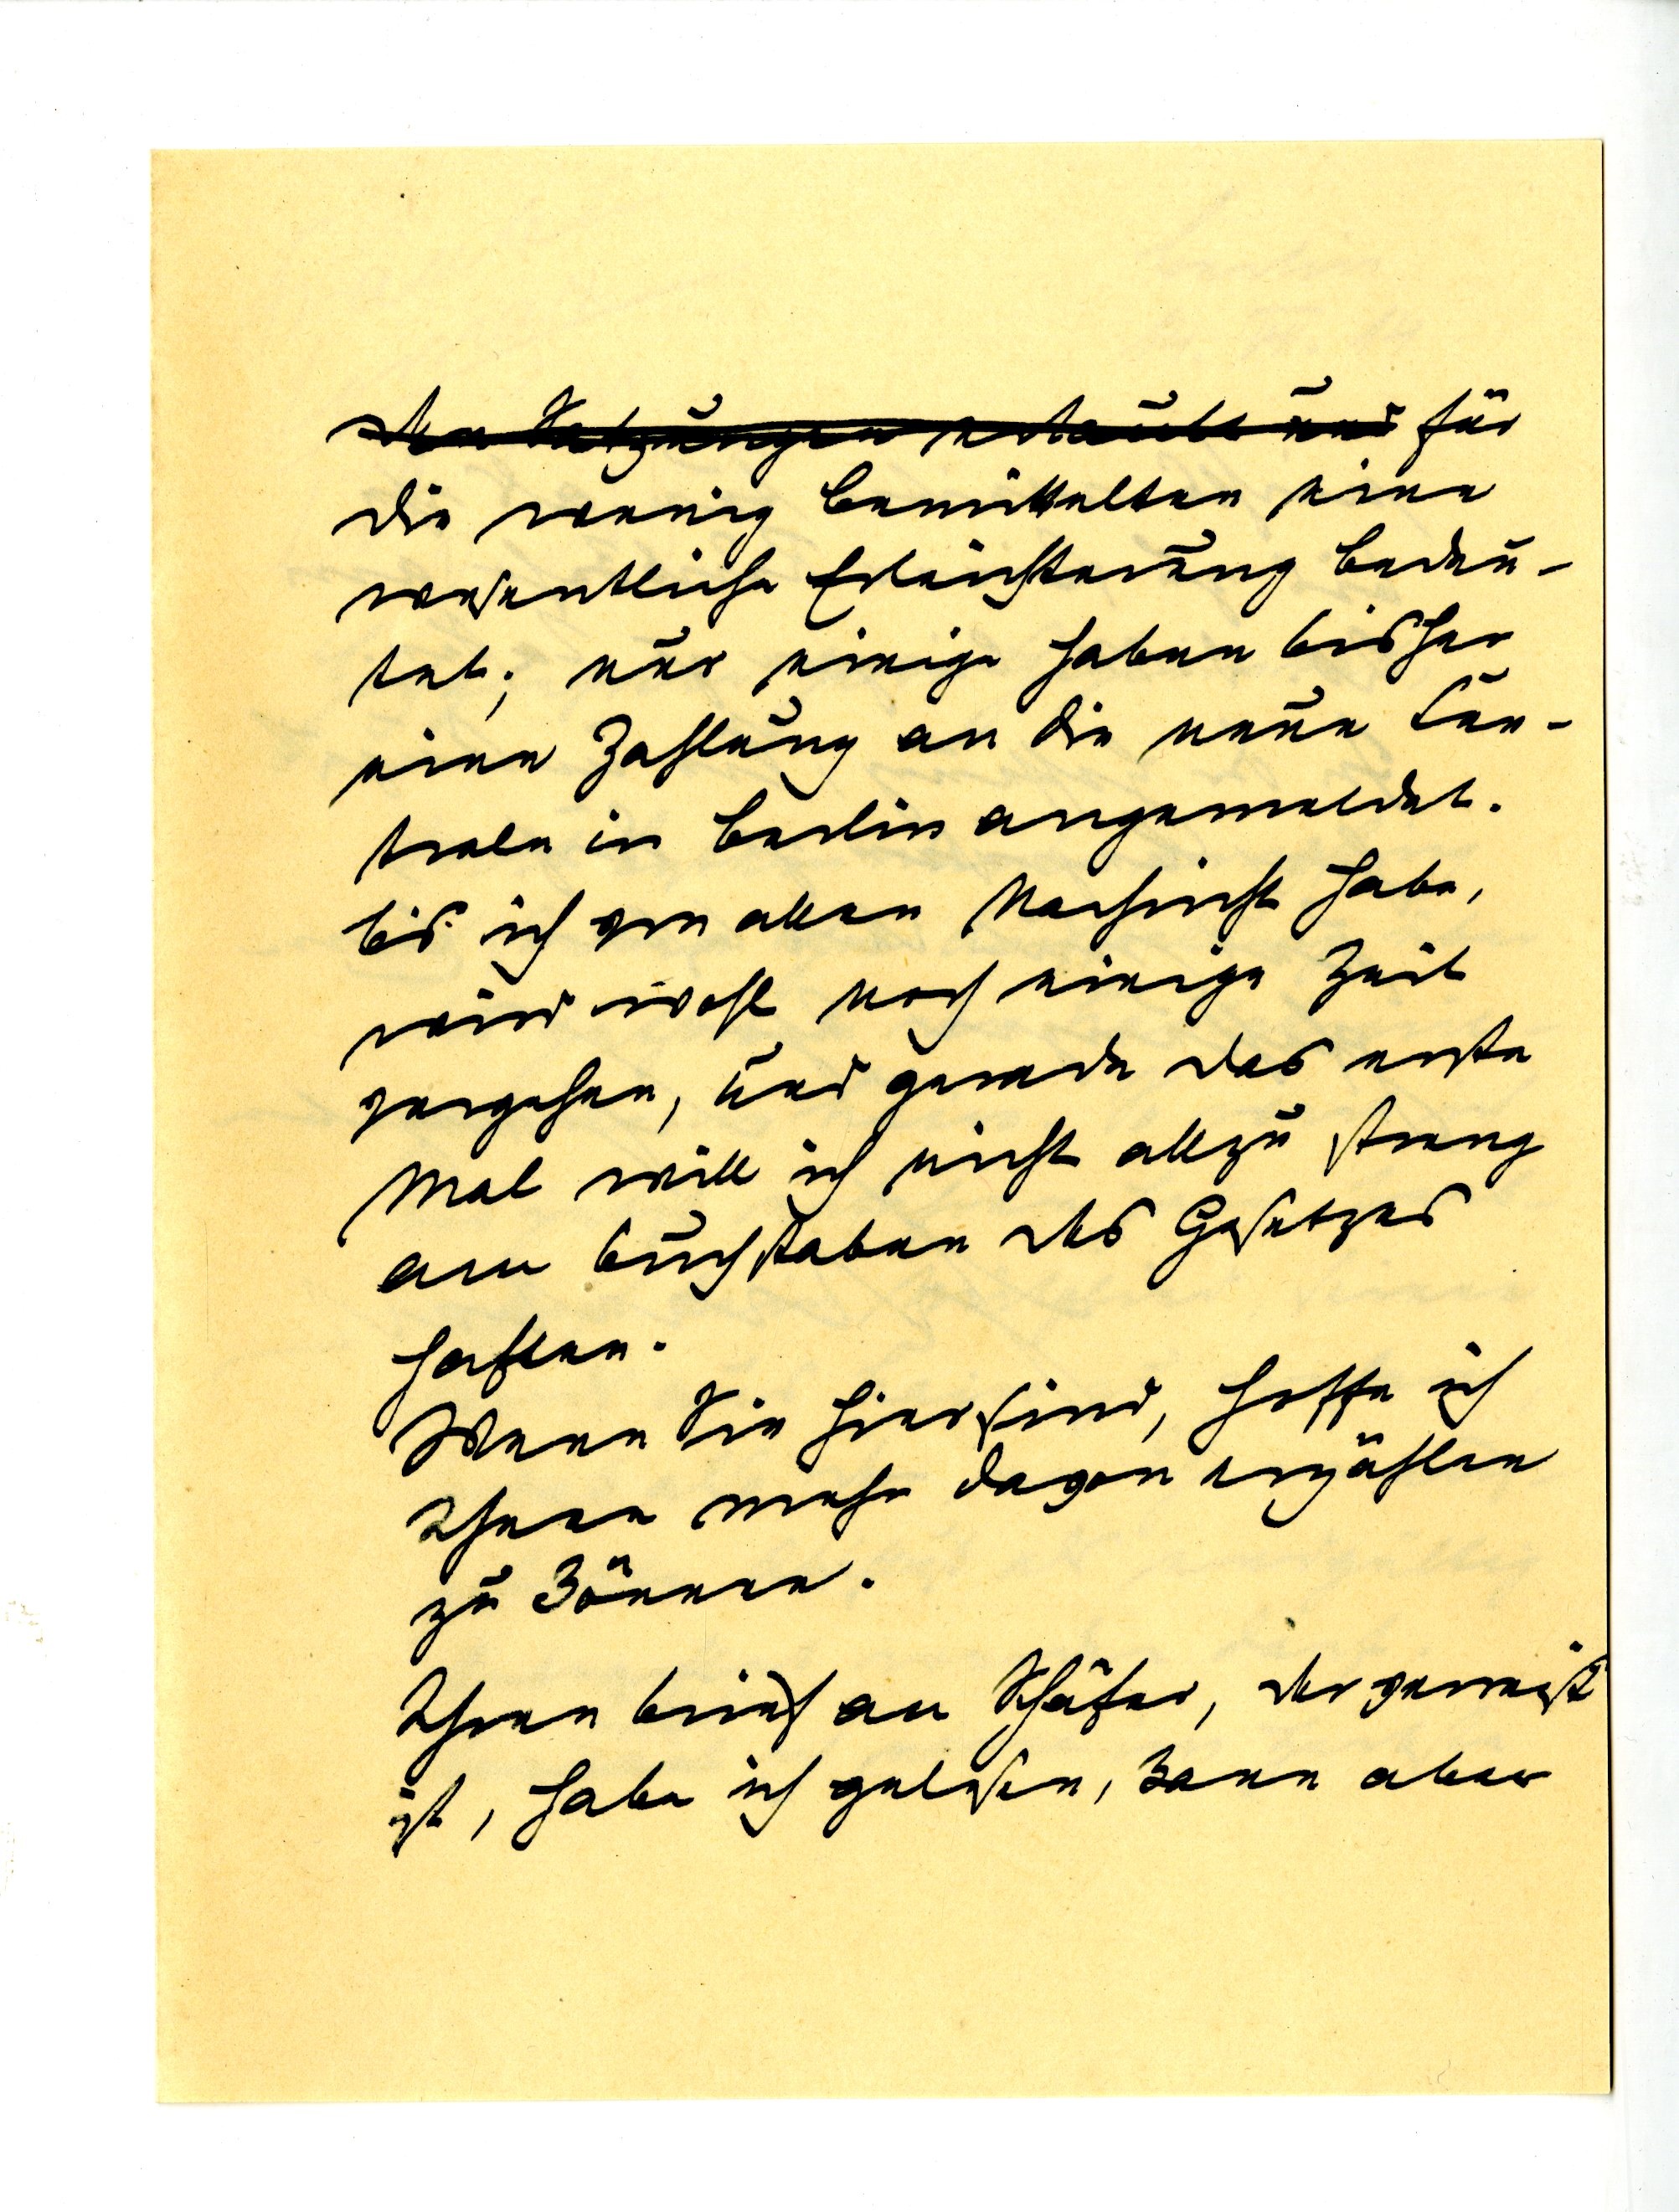
für
die wenig bemittelten eine
wesentliche Erleichterung bedeu¬
tet; nur einige haben bisher
eine Zahlung an die neue Cen¬
trale in Berlin angemeldet.
bis ich von allen Nachricht habe,
wird wohl noch einige Zeit
zugehen, und gerade das erste
Mal will ich nicht allzu streng
am Buchstaben haben des Gesetzes
haften.
Wenn Sie hier sind, hoffe ich
Ihnen mehr davon erzählen
zu können.
Ihren Brief an Schätzen, der verreist
ist, habe ich gelesen, kann aber